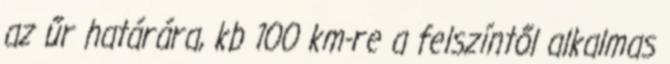
az űr határára, kb 100 km-re a felszíntől alkalmas